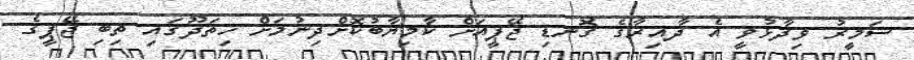
ސަމީރު ވިދާޅުވީ އެ ދާއިރާގެ ގޮނޑި ޖޭޕީއަށް ކާމިޔާބުކޮށްދިނުމަށް ހިތަދޫގައި ތިބި ޖޭޕީގެ